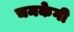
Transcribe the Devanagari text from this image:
चमकेगी